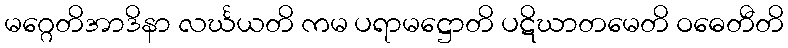
မဂ္ဂေတိအာဒိနာ လင်္ဃယတိ ကမ ပရာမဋ္ဌောတိ ပဋိဃာတမေတိ ဝဓေတီတိ